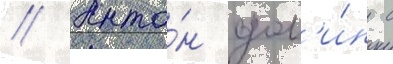
// Анто́н дол'и́н с